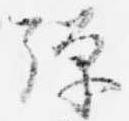
弾